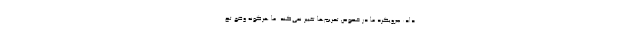
داد: ««رویکرد ما در خصوص تحریم‌ها تغییر نمی‌کند. ما هرگونه وضع تح